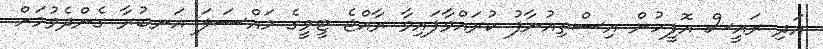
އަދި ރައީސް އޮފީހުން އިސްތިއުނާފު ކުރައްވާފައިވާ ރާއްޖެ ޓީވީގެ މައްސަލަ އަނބުރާ ގެންދެވުމަށް